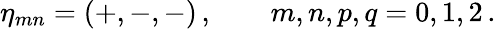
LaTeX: \eta_{mn}=(+,-,-)\, ,\qquad m,n,p,q=0,1,2\, .